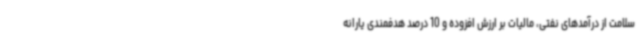
سلامت از درآمدهای نفتی، مالیات بر ارزش افزوده و 10 درصد هدفمندی یارانه